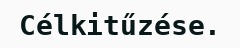
Célkitűzése.